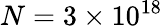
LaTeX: N=3\times 10^{18}